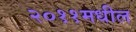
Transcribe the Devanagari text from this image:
२०११मधील